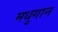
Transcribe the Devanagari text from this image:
मधुगान